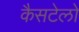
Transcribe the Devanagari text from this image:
कैसटेलो